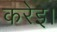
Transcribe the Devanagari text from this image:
करेइ।